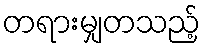
တရားမျှတသည့်